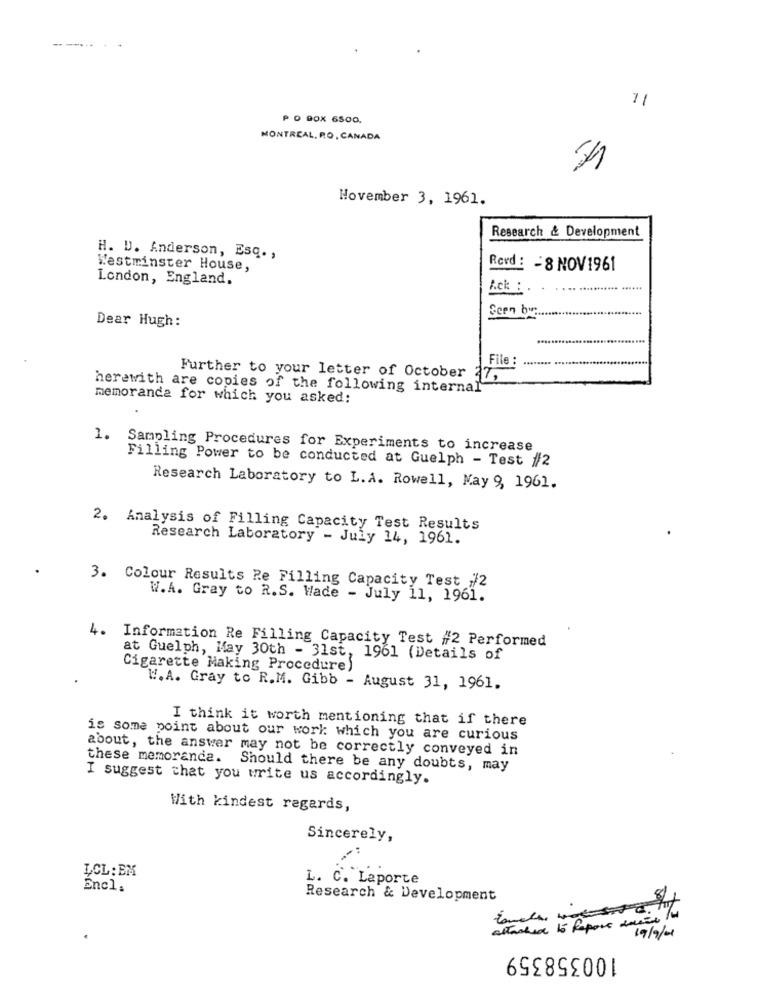
11
P O BOX 6500.
MONTREAL, RO, CANADA
November 3, 1961.
Research & Development
H. U. Anderson, Esq. ,
Westminster House,
Rovd : - 8 NOV1961
London, England.
A.ck :
2een by:
Dear Hugh:
u-
File :
Further to your letter of October 37,
herewith are copies of the following internal
memoranda for which you asked:
1.
Sampling Procedures for Experiments to increase
Filling Power to be conducted at Guelph - Test /2
Research Laboratory to L. A. Rowell, May 9, 1961.
2. Analysis of Filling Capacity Test Results
Research Laboratory - July 14, 1961.
3. Colour Results Re Filling Capacity Test //2
W.A. Gray to R.S. Wade - July 11, 1961.
4. Information Re Filling Capacity Test #2 Performed
at Guelph, May 30th - 31st, 1961 (Details of
Cigarette Making Procedure)
W. A. Gray to R.M. Gibb - August 31, 1961.
I think it worth mentioning that if there
is some point about our work which you are curious
about, the answer may not be correctly conveyed in
these memoranda. Should there be any doubts, may
I suggest that you write us accordingly.
With kindest regards,
Sincerely,
LCL: BM
L. C. Laporte
Encl.
Research & Development
attached to Report amine tu
19/9/11
100358359